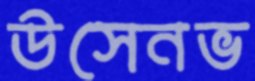
উসেনভ